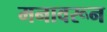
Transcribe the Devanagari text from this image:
मनावरून